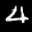
Label: 4